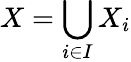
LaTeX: X=\bigcup_{i\in I}X_{i}